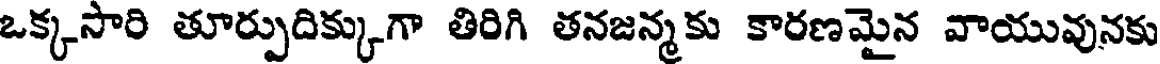
ఒక్కసారి తూర్పుదిక్కుగా తిరిగి తనజన్మకు కారణమైన వాయువునకు